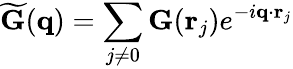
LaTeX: \widetilde{\mathbf G}(\mathbf q)=\sum_{j\neq 0}\mathbf G(\mathbf r_{j})e^{-i\mathbf q\cdot\mathbf r_{j}}